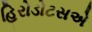
હિરોડોટસએ